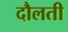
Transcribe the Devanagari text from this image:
दौलती